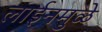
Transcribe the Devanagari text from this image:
लाईनमुळे